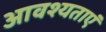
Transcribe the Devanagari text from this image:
आवश्यताएं